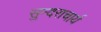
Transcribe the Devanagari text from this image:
सुन्दराचार्य